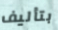
بتأليف